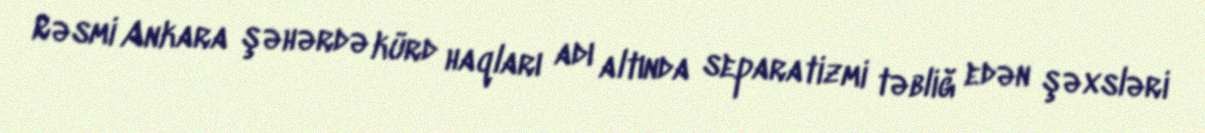
Rəsmi Ankara şəhərdə kürd haqları adı altında separatizmi təbliğ edən şəxsləri